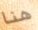
هنا